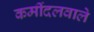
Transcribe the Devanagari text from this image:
कर्मीदलवाले